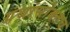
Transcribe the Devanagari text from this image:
ग्रंथांसोबतच